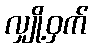
လျှို့ဝှက်